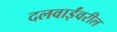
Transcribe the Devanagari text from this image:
दलवाईंवरील